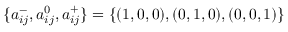
\{ a _ { i j } ^ { - } , a _ { i j } ^ { 0 } , a _ { i j } ^ { + } \} = \{ ( 1 , 0 , 0 ) , ( 0 , 1 , 0 ) , ( 0 , 0 , 1 ) \}